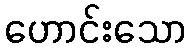
ဟောင်းသော